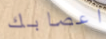
اعصابك